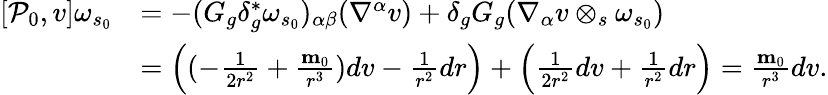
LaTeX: \begin{array}{rl}{[\mathcal{P}_{0},v]\omega_{s_{0}}}&{=-(G_{g}\delta_{g}^{*}\omega_{s_{0}})_{\alpha\beta}(\nabla^{\alpha}v)+\delta_{g}G_{g}(\nabla_{\alpha}v\otimes_{s}\omega_{s_{0}})}\\ &{=\Big((-\frac{1}{2r^{2}}+\frac{\mathbf{m}_{0}}{r^{3}})dv-\frac{1}{r^{2}}dr\Big)+\Big(\frac{1}{2r^{2}}dv+\frac{1}{r^{2}}dr\Big)=\frac{\mathbf{m}_{0}}{r^{3}}dv.}\end{array}